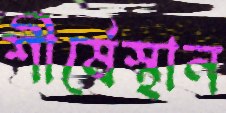
শীর্ষেস্থান